Lock hospitals Punjab
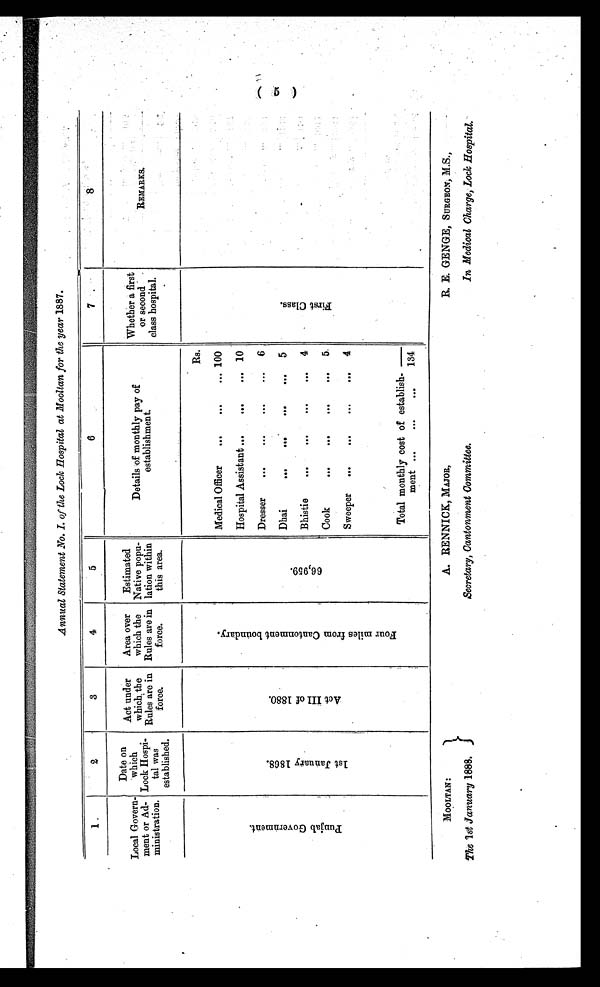
MOOLTAN:
The 1st January 1888
A. RENNICK, MAJOR,
Secretary, Cantonment Committee.
R. E. GENGE, SURGEON, M.S.,
In Medical Charge, Lock Hospital.
Annual Statement No. I. of the Lock Hospital at Mooltan for the year 1887.
1
2
3
4
5
6
7
8
Local Govern-
went or Ad-
ministration .
Date on
which
Lock Hospi-
tal was
established.
Act under
which the
Rules are in
force.
Area over
which the
Rules are in
force.
Estimated
Native popu-
lation within
this area.
Details of monthly pay of
establishment.
Whether a first
or second
class hospital.
REMARKS.
P u n j a b G o v e r n m e n t .
1 s t J a n u a r y 1 8 6 8 .
A c t I I I o f 1 8 8 0 .
F o u r m i l e s f r o m C a n t o n m e n t b o u n d a r y .
6 6 , 9 5 9 .
Rs.
F i r s t C l a s s .
Medical Officer
...
...
... 100
Hospital Assistant ...
...
... 10
Dresser
...
...
...
... 6
Dhai
...
...
...
... 5
Bhistie
...
...
...
. . .
4
Cook
...
...
...
... 5
.
Sweeper ...
...
...
... 4
Total monthly cost of establish-
ment ...
...
. . .
134
(5)